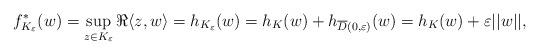
LaTeX: \begin{align*}f_{K_{\varepsilon}}^*(w) = \sup_{z\in K_{\varepsilon}} \Re\langle z,w \rangle = h_{K_{\varepsilon}}(w) = h_{K}(w)+ h_{\overline{D}(0,\varepsilon)}(w) = h_{K}(w)+\varepsilon ||w||,\end{align*}